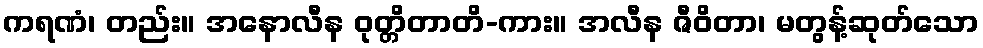
ကရဏံ၊ တည်း။ အနောလီန ဝုတ္တိတာတိ-ကား။ အလီန ဇီဝိတာ၊ မတွန့်ဆုတ်သော